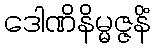
ဒေါဏိနိမ္မဇ္ဇနိံ